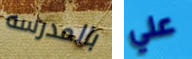
بالمدرسه علي